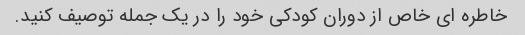
خاطره ای خاص از دوران کودکی خود را در یک جمله توصیف کنید.